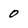
Character: 0